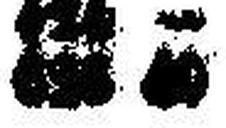
626 40